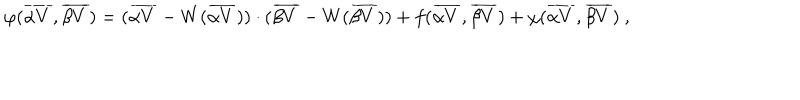
\varphi ( { \overline { { { \alpha V } } } } , { \overline { { { \beta V } } } } ) = ( { \overline { { { \alpha V } } } } - W ( { \overline { { { \alpha V } } } } ) ) \cdot ( { \overline { { { \beta V } } } } - W ( { \overline { { { \beta V } } } } ) ) + f ( { \overline { { { \alpha V } } } } , { \overline { { { \beta V } } } } ) + \chi ( { \overline { { { \alpha V } } } } , { \overline { { { \beta V } } } } ) ~ ,